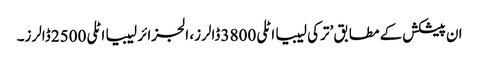
ان پیشکش کے مطابق ’ترکی لیبیا اٹلی 3800 ڈالرز، الجزائر لیبیا اٹلی 2500 ڈالرز۔